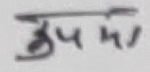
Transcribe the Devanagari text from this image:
उपमा